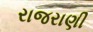
રાજરાણી